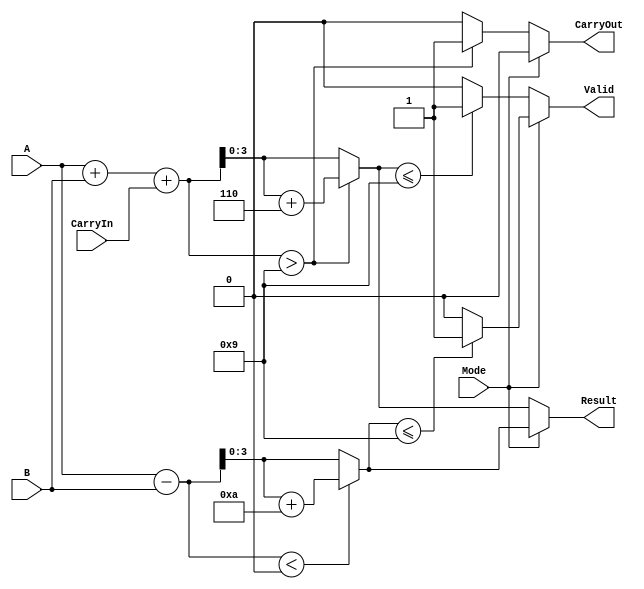
module BCD_Add_Subtracter (
    input  wire [3:0] A,        // BCD operand A
    input  wire [3:0] B,        // BCD operand B
    input  wire Mode,           // Mode: 0 for addition, 1 for subtraction
    input  wire CarryIn,        // Optional carry input for addition
    output reg  [3:0] Result,   // BCD result
    output reg  CarryOut,        // Carry output flag
    output reg  Valid           // Validity flag for BCD result
);
    
    wire [4:0] Sum;             // 5-bit sum for addition
    wire [4:0] Sub;             // 5-bit result for subtraction
    wire [3:0] AdjustedSum;     // Adjusted sum for valid BCD
    wire [3:0] AdjustedSub;     // Adjusted subtraction result
    
    // Addition logic
    assign Sum = A + B + CarryIn;

    // Check for BCD adjustment for addition
    assign AdjustedSum = (Sum > 4'd9) ? (Sum + 4'd6) : Sum;

    // Subtraction logic
    assign Sub = A - B;

    // Check for BCD adjustment for subtraction
    assign AdjustedSub = (Sub < 4'd0) ? (Sub + 4'd10) : Sub;

    always @(*) begin
        if (Mode == 1'b0) begin  // Addition mode
            Result = AdjustedSum[3:0]; // Take the lower 4 bits as result
            CarryOut = (Sum > 4'd9) ? 1'b1 : 1'b0; // Set CarryOut if sum > 9
            Valid = (Result <= 4'd9) ? 1'b1 : 1'b0; // Validate result
        end 
        else begin  // Subtraction mode
            Result = AdjustedSub[3:0]; // Take the lower 4 bits as result
            CarryOut = 1'b0; // No carry out in subtraction context
            Valid = (Result <= 4'd9) ? 1'b1 : 1'b0; // Validate result
        end
    end
endmodule